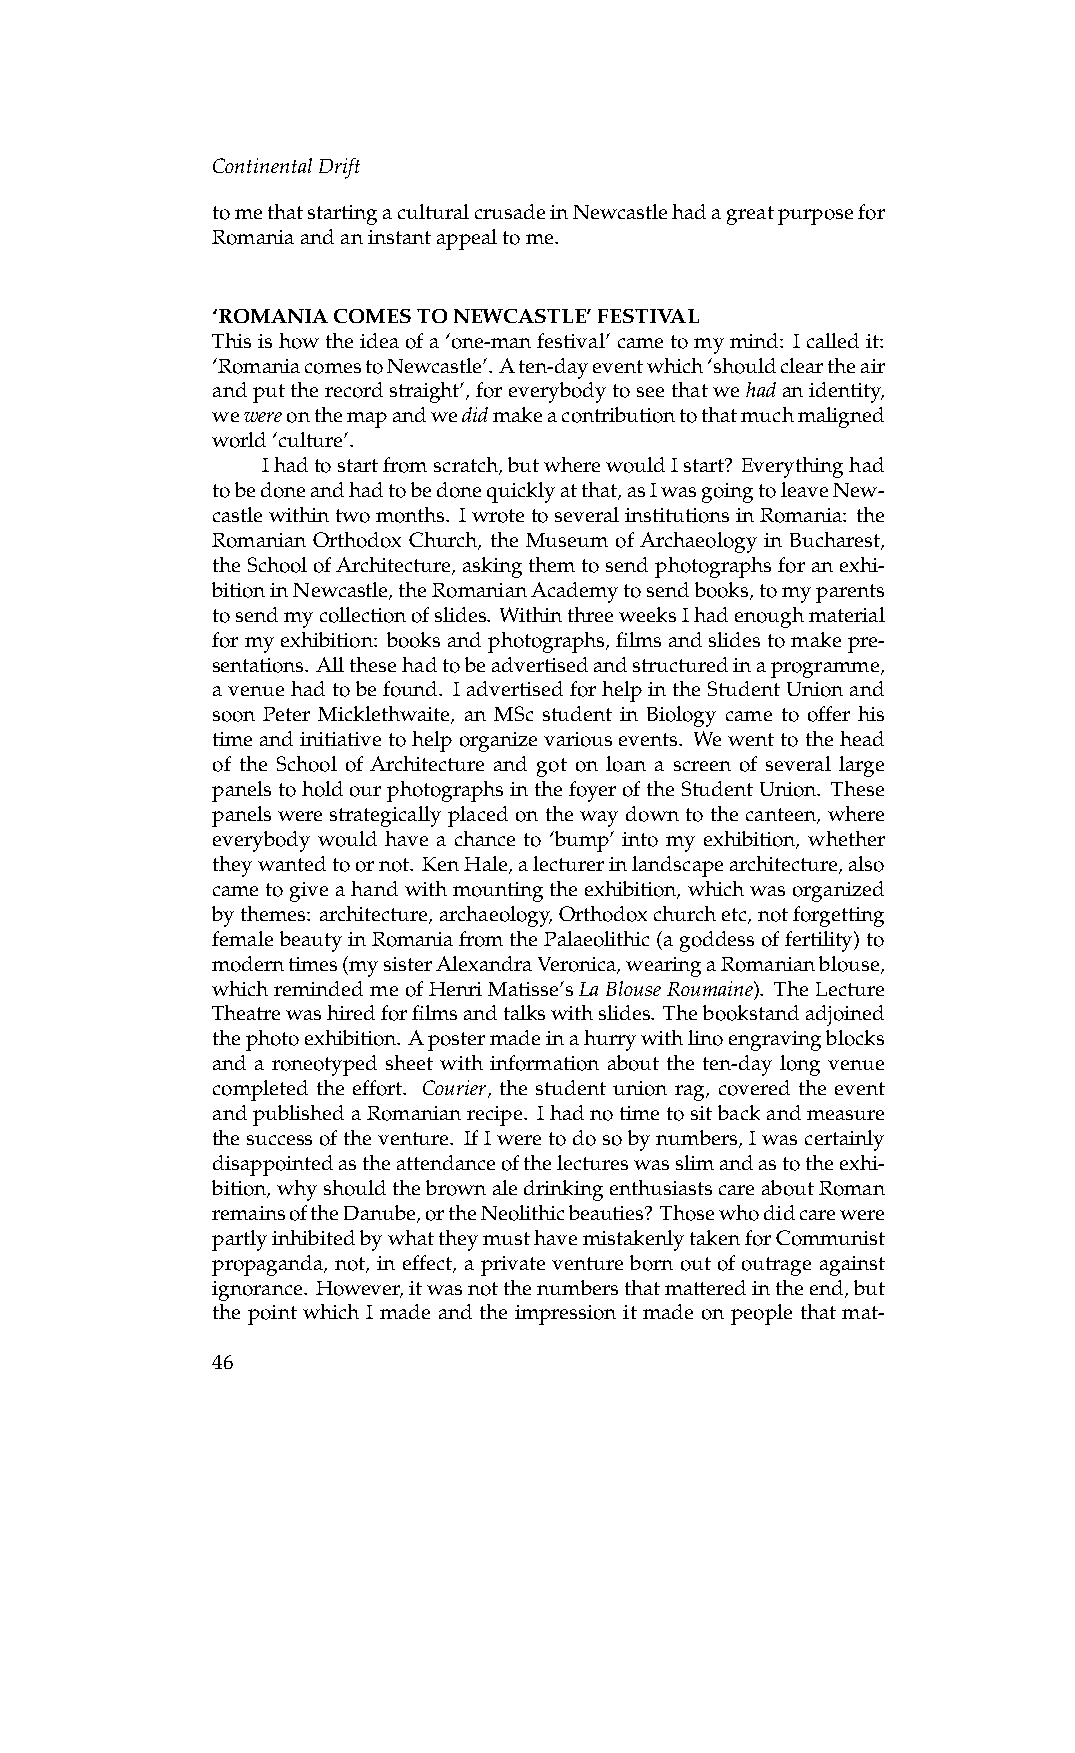
ContinentalDrift
 tomethatstartingaculturalcrusadeinNewcastlehadagreatpurposefor
 Romaniaandaninstantappealtome.
 ‘ROMANIACOMESTONEWCASTLE’FESTIVAL
 Thisishowtheideaofa‘one-manfestival’cametomymind: Icalledit:
 ‘RomaniacomestoNewcastle’.Aten-dayeventwhich‘shouldcleartheair
 andputtherecordstraight’,foreverybodytoseethatwehadanidentity,
 wewereonthemapandwedidmakeacontributiontothatmuchmaligned
 world‘culture’.
 Ihadtostartfromscratch,butwherewouldIstart? Everythinghad
 tobedoneandhadtobedonequicklyatthat,asIwasgoingtoleaveNew-
 castlewithintwomonths. IwrotetoseveralinstitutionsinRomania: the
 Romanian Orthodox Church, the Museum ofArchaeology in Bucharest,
 theSchoolofArchitecture,askingthemtosendphotographsforanexhi-
 bitioninNewcastle,theRomanianAcademytosendbooks,tomyparents
 tosendmycollectionofslides. WithinthreeweeksIhadenoughmaterial
 formyexhibition: booksandphotographs,filmsandslidestomakepre-
 sentations. Allthesehadtobeadvertisedandstructuredinaprogramme,
 avenuehadtobefound. IadvertisedforhelpintheStudentUnionand
 soon Peter Micklethwaite, an MSc student in Biology came to offer his
 timeandinitiativetohelporganizevariousevents. Wewenttothehead
 of the School of Architecture and got on loan a screen of several large
 panelstoholdourphotographsinthefoyeroftheStudentUnion. These
 panels were strategically placed on the way down to the canteen, where
 everybody would have a chance to ‘bump’ into my exhibition, whether
 theywantedtoornot. KenHale,alecturerinlandscapearchitecture,also
 cametogiveahandwithmountingtheexhibition,whichwasorganized
 bythemes: architecture,archaeology,Orthodoxchurchetc,notforgetting
 femalebeautyinRomaniafromthePalaeolithic(agoddessoffertility)to
 moderntimes(mysisterAlexandraVeronica,wearingaRomanianblouse,
 whichremindedmeofHenriMatisse’sLaBlouseRoumaine). TheLecture
 Theatrewashiredforfilmsandtalkswithslides. Thebookstandadjoined
 thephotoexhibition. Apostermadeinahurrywithlinoengravingblocks
 and a roneotyped sheet with information about the ten-day long venue
 completed the effort. Courier, the student union rag, covered the event
 andpublishedaRomanianrecipe. Ihadnotimetositbackandmeasure
 thesuccessoftheventure. IfIweretodosobynumbers,Iwascertainly
 disappointedastheattendanceofthelectureswasslimandastotheexhi-
 bition,whyshouldthebrownaledrinkingenthusiastscareaboutRoman
 remainsoftheDanube,ortheNeolithicbeauties? Thosewhodidcarewere
 partlyinhibitedbywhattheymusthavemistakenlytakenforCommunist
 propaganda, not, in effect, a private venture born out of outrage against
 ignorance. However,itwasnotthenumbersthatmatteredintheend,but
 the point which I made and the impression it made on people that mat-
 46